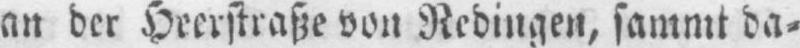
an der Heerstraße von Redingen, sammt da⸗